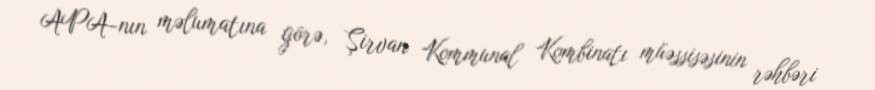
APA-nın məlumatına görə, Şirvan Kommunal Kombinatı müəssisəsinin rəhbəri